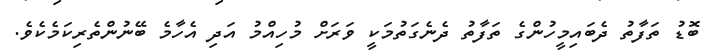
ބޮޑު ތަފާތު ދެބައިމީހުންގެ ތަފާތު ދެނެގަތުމަކީ ވަރަށް މުހިއްމު އަދި އެހާމެ ބޭނުންތެރިކަމެކެވެ.